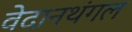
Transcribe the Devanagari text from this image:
वेदानथंगल